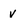
Character: V